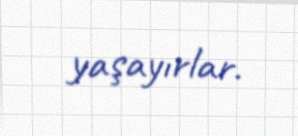
yaşayırlar.